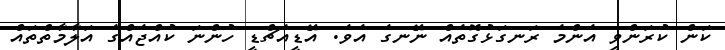
ކަން ކުރަންވީ އެންމެ ރަނގަޅުގޮތެއް ނޭނގެ އެވެ. އޭޑީއެޗްޑީ ހުންނަ ކުއްޖެއްގެ އަލާމާތްތައް